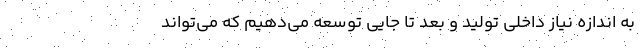
به اندازه نیاز داخلی تولید و بعد تا جایی توسعه می‌دهیم که می‌تواند